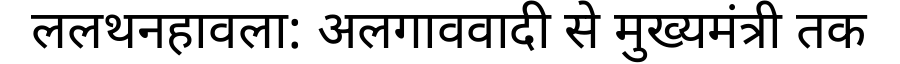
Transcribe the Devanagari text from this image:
ललथनहावला: अलगाववादी से मुख्यमंत्री तक